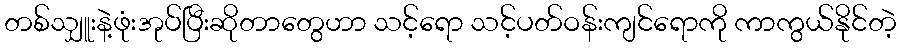
တစ်သျှူးနဲ့ဖုံးအုပ်ပြီးဆိုတာတွေဟာ သင့်ရော သင့်ပတ်ဝန်းကျင်ရောကို ကာကွယ်နိုင်တဲ့